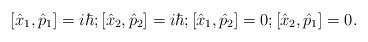
LaTeX: \begin{align*} [\hat{x}_1,\hat{p}_1] = i\hbar; [\hat{x}_2,\hat{p}_2] = i\hbar; [\hat{x}_1,\hat{p}_2] = 0; [\hat{x}_2,\hat{p}_1] = 0 .\end{align*}